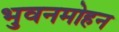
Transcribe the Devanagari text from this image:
भुवनमोहन